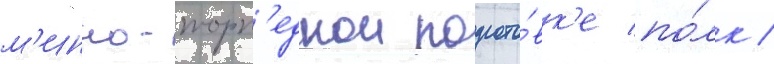
м'инно-торп'еднои подгото́вк'е по́лк /